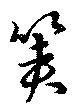
筴